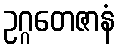
ဥဂ္ဂတေဇာနံ